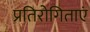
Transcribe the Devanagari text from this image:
प्रतिरोगिताएं